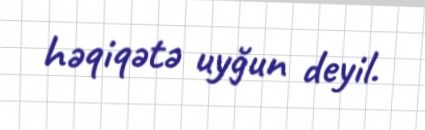
həqiqətə uyğun deyil.